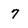
Character: 7